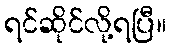
ရင်ဆိုင်လို့ရပြီ။